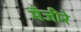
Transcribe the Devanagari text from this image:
मँजीरे